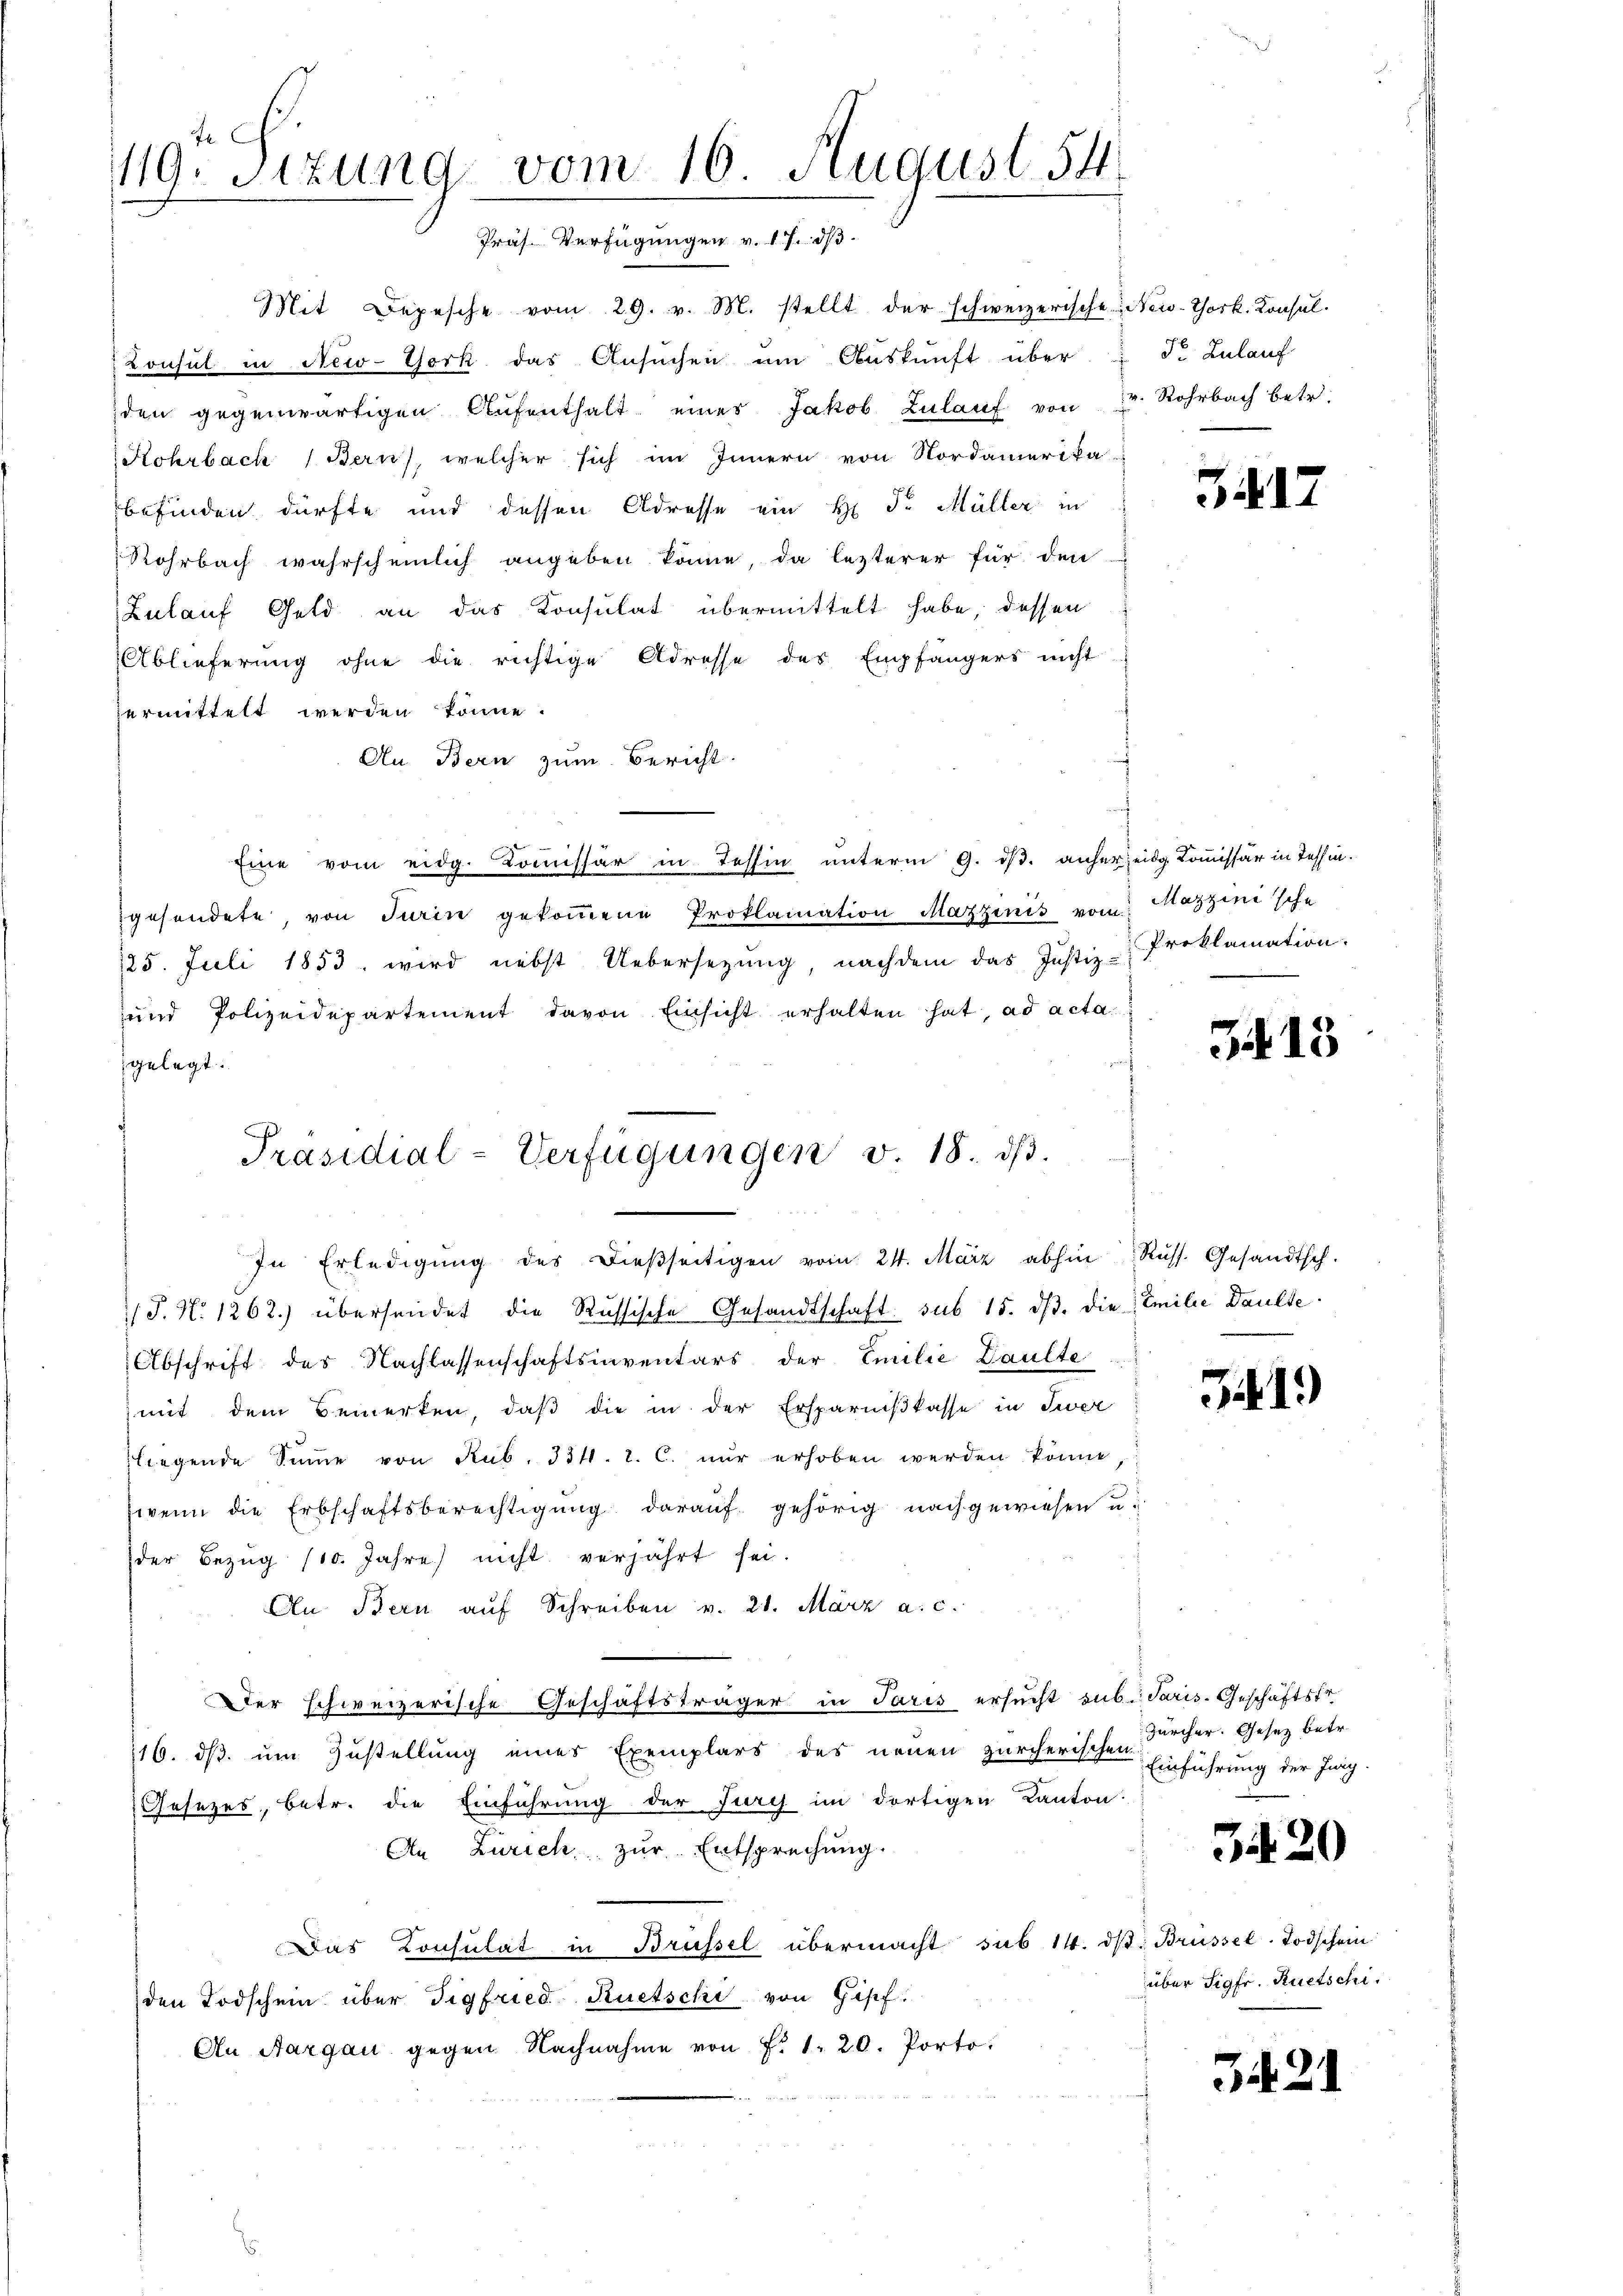
t. c.
119. Sitzung vom 16. August. 54.
Präs. Verfügungen v. 17. ds

Mit Depesche vom 29. v. M. stellt der schweizerische New-York. Konsul-
Konsul in New-York das Ansuchen um Auskunft über " d. Zulauf
den gegenwärtigen Aufenthalt eines Jakob Zulauf von v. Rohrbach betr.
Kohrbach Bern, welcher sich im Innern von Nordamerika
befinden dürfte und dessen Adresse ein H. Dr. Müller in
Rohrbach wahrscheinlich angeben könne, da lezterer für den
Zulauf Geld an das Konsulat übermittelt habe, dessen
Ablieferung ohne die richtige Adresse des Empfängers nicht
vermittelt werden könne.
An Bern zum Bericht.
Eine vom eidg. Kommissär in Tessin unterm 9. dβ. anher eidg. Kommissär in Tessin.
gesendete von Turin gekommene Proklamation Mazzinis vom Mazzinische
125. Juli 1853. wird nebst Uebersezung, nachdem das Justiz-
und Polizeidepartement davon Einsicht erhalten hat, ad acta
gelegt.
In Erledigŭng des dieβseitigen vom 24. März abhin Russ. Gesandtsch.
/ P. N. 1262) übersendet die Russische Gesandtschaft sub 15. dβ. die Emilie Daulte
Abschrift des Nachlassenschaftsinventars der Emilie Daulte
mit dem Bemerken, daβ die in der Ersparnißkasse in Siver
liegende Sŭṁe von Rub. 334. 2. C. nŭr erhoben werden könne
wenn die Erbschaftsberechtigung darauf gehörig nachgewiesen u.
der Bezŭg /10. Jahre nicht verjährt sei.
An Bern aŭf Schreiben v. 21. März a. c.
Der schweizerische Geschäftsträger in Paris ersucht sub. Paris. Geschäftst
16. ds. um Zustellung eines Exemplars des neuen zürcherischen Zürcher. Gesetz betr.
Gesezes, betr. die Einführung der Furch im dortigen Kanton
An Zürich zur Entsprechung.
Das Consulat in Brüssel übermacht sub 14. dβ: Brüssel-Todschein
den Todschein über Tigfried Ruetschi von Gipf
An Aargau gegen Nachnahme von Fr. 1. 20. Porto.

Präsidial-Verfügungen v. 18. dβ.

3417

Proklamation.

3415

31.)

Einführung der Jung.

3420

über Sigfr. Ruetschi

3421